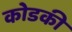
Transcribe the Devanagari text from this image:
कोडकी